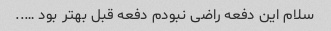
سلام این دفعه راضی نبودم دفعه قبل بهتر بود …..